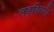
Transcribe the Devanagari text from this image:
लड़कियाँ।